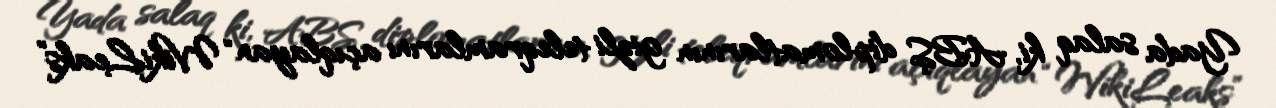
Yada salaq ki, ABŞ diplomatlarının gizli teleqramlarını açıqlayan “WikiLeaks”